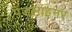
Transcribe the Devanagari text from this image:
पेंडलाइनर